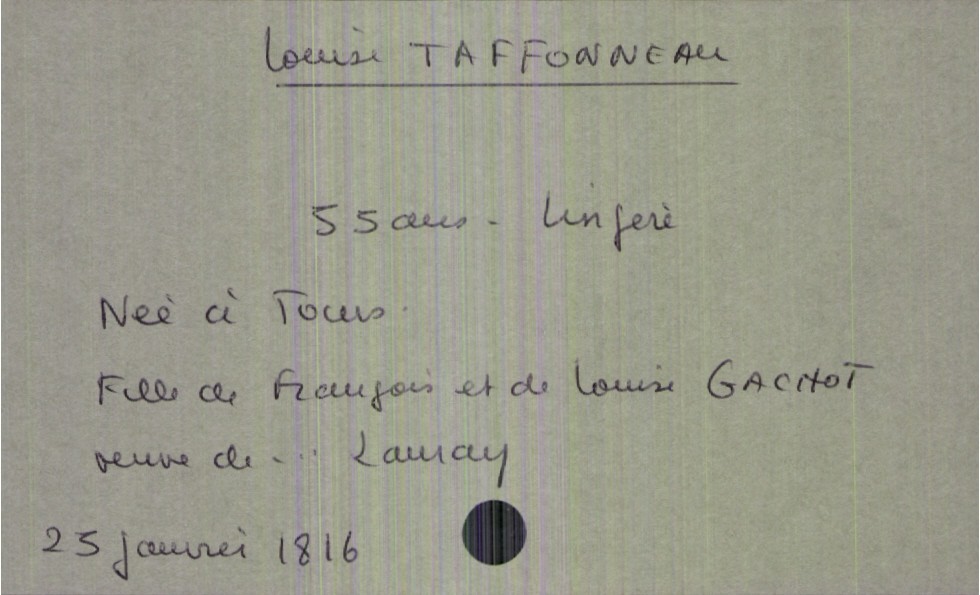
type_acte: Décès
année: 1816
mois: janvier
jour: 25
défunt_nom: Taffonneau
défunt_prénom: Louise
défunt_sexe: F
défunt_âge: 55 ans
défunt_profession: lingère
défunt_lieu_de_naissance: Tours
défunt_statut: veuf(ve)
père_défunt_nom: Taffonneau
père_défunt_prénom: François
mère_défunt_nom: Gachot
mère_défunt_prénom: Louise